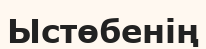
Ыстөбенің